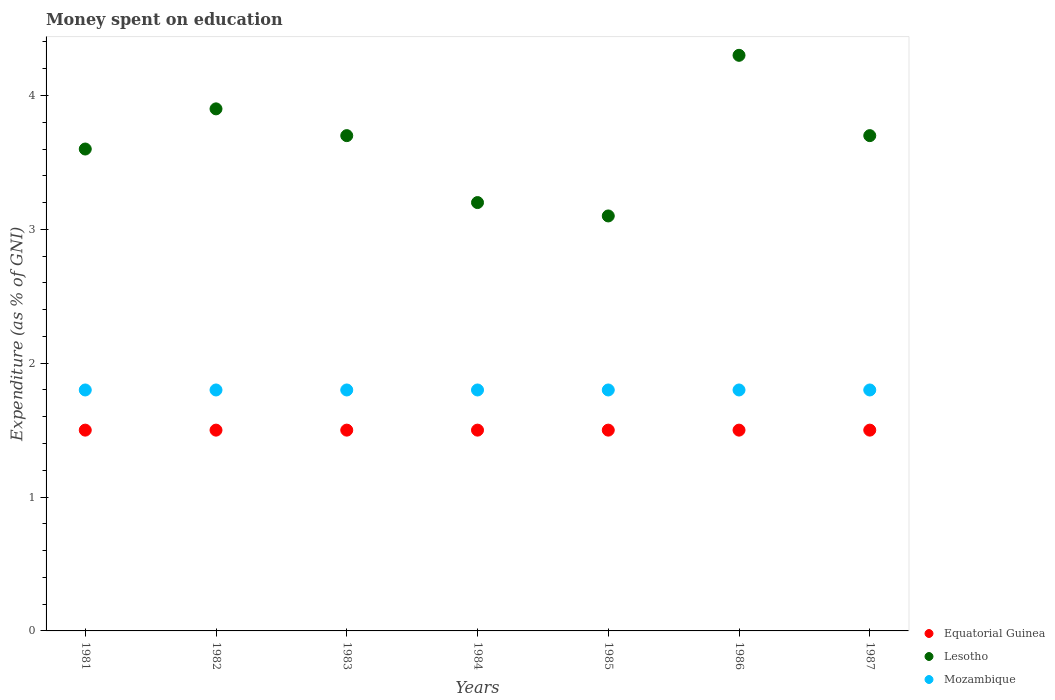
| Years | Equatorial Guinea | Lesotho | Mozambique |
 | --- | --- | --- | --- |
 | 1981 | 1.5 | 3.6 | 1.8 |
 | 1982 | 1.5 | 3.9 | 1.8 |
 | 1983 | 1.5 | 3.7 | 1.8 |
 | 1984 | 1.5 | 3.2 | 1.8 |
 | 1985 | 1.5 | 3.1 | 1.8 |
 | 1986 | 1.5 | 4.3 | 1.8 |
 | 1987 | 1.5 | 3.7 | 1.8 |